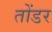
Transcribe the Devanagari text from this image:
तोंडर